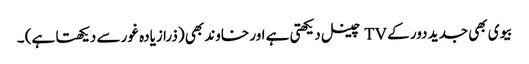
بیوی بھی جدید دور کے TV چینل دیکھتی ہے اور خاوند بھی (ذرا زیادہ غور سے دیکھتا ہے) ۔